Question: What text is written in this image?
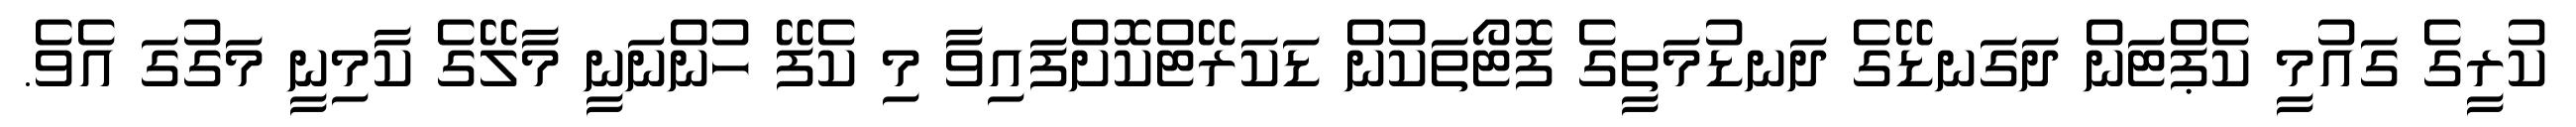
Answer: ކުރީގެ ގައުމީ ކެޕްޓަން ދަގަނޑޭގެ ދަނޑުމަތީގެ ފޮޓޯތަކުން ޑަކަރޭޓްކޮށްފައިވާ މި ކެފޭ ހުންނަނީ މާލޭގެ ކާމިނީ މަގުގަ އެވެ.